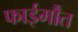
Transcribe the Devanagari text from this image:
फाईर्मौंत